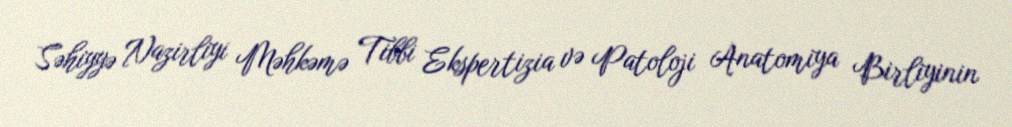
Səhiyyə Nazirliyi Məhkəmə Tibbi Ekspertizia və Patoloji Anatomiya Birliyinin